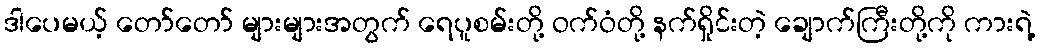
ဒါပေမယ့် တော်တော် များများအတွက် ရေပူစမ်းတို့ ဝက်ဝံတို့ နက်ရှိုင်းတဲ့ ချောက်ကြီးတို့ကို ကားရဲ့